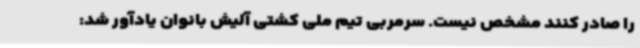
را صادر کنند مشخص نیست. سرمربی تیم ملی کشتی آلیش بانوان یادآور شد: